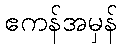
ဧကန်အမှန်